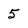
Character: 5